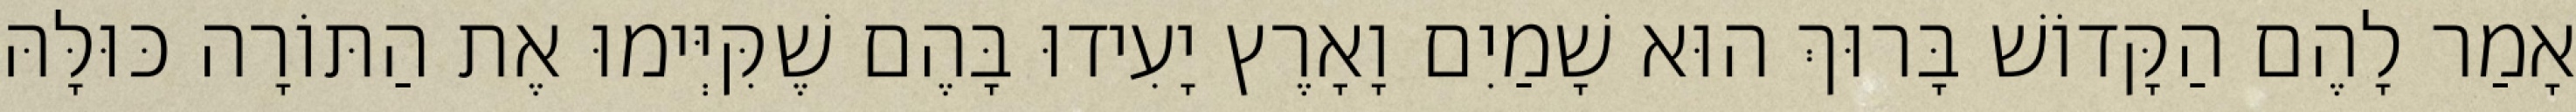
אָמַר לָהֶם הַקָּדוֹשׁ בָּרוּךְ הוּא שָׁמַיִם וָאָרֶץ יָעִידוּ בָּהֶם שֶׁקִּיְּימוּ אֶת הַתּוֹרָה כּוּלָּהּ